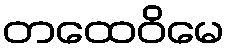
တထေဝိမေ